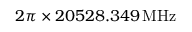
2 \pi \times 2 0 5 2 8 . 3 4 9 \, \mathrm { M H z }